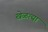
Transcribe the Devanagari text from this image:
खेळत्या